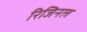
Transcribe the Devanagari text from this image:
रिजिनल